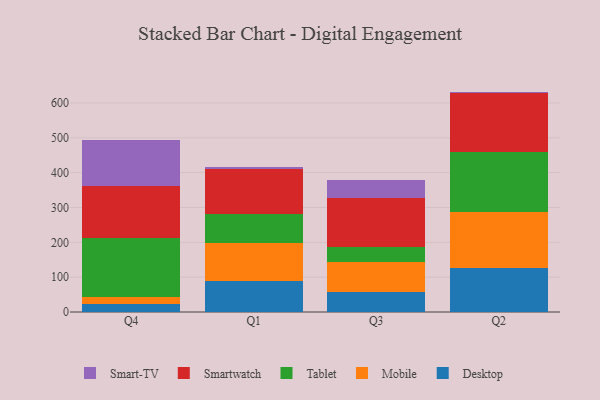
{"axis": {"x": "Quarter", "y": "Satisfaction Score"}, "legend": ["Desktop", "Mobile", "Smart-TV", "Smartwatch", "Tablet"], "data": [{"x": "Q4", "y": 23.4, "type": "Desktop"}, {"x": "Q4", "y": 20.4, "type": "Mobile"}, {"x": "Q4", "y": 168.6, "type": "Tablet"}, {"x": "Q4", "y": 150.2, "type": "Smartwatch"}, {"x": "Q4", "y": 130.1, "type": "Smart-TV"}, {"x": "Q1", "y": 88.3, "type": "Desktop"}, {"x": "Q1", "y": 110.5, "type": "Mobile"}, {"x": "Q1", "y": 83.7, "type": "Tablet"}, {"x": "Q1", "y": 126.7, "type": "Smartwatch"}, {"x": "Q1", "y": 6.6, "type": "Smart-TV"}, {"x": "Q3", "y": 58.8, "type": "Desktop"}, {"x": "Q3", "y": 83.6, "type": "Mobile"}, {"x": "Q3", "y": 45.2, "type": "Tablet"}, {"x": "Q3", "y": 138.3, "type": "Smartwatch"}, {"x": "Q3", "y": 52.5, "type": "Smart-TV"}, {"x": "Q2", "y": 125.8, "type": "Desktop"}, {"x": "Q2", "y": 161.9, "type": "Mobile"}, {"x": "Q2", "y": 170.7, "type": "Tablet"}, {"x": "Q2", "y": 168.8, "type": "Smartwatch"}, {"x": "Q2", "y": 5.4, "type": "Smart-TV"}]}